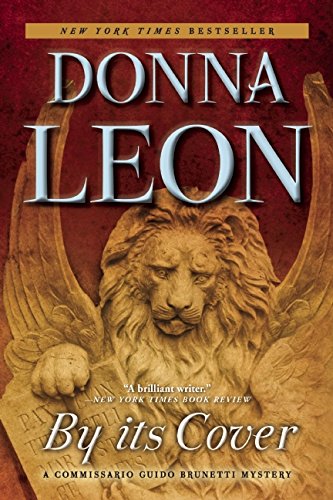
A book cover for By its Cover: A Commissario Guido Brunetti Mystery; Donna Leon; Mystery, Thriller & Suspense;